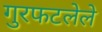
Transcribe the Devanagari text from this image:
गुरफटलेले